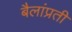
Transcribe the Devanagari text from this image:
बैलांप्रती